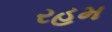
રહમ